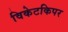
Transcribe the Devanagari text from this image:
विकेटकिपर